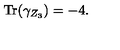
\mathrm { T r } ( \gamma _ { Z _ { 3 } } ) = - 4 .